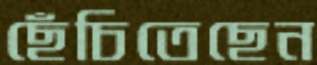
ছেঁচিতেছেন